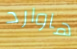
هاوارد